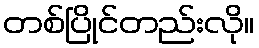
တစ်ပြိုင်တည်းလို။